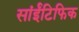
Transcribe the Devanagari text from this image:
सांईंटिफिक